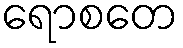
ရောစတေ